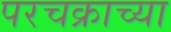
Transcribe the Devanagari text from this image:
परचक्राच्या